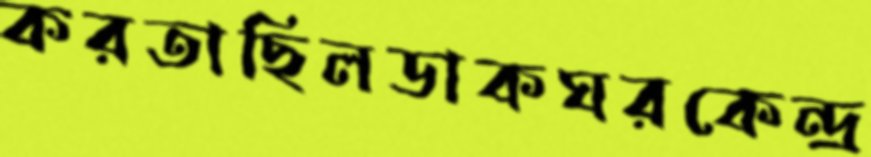
করতাছিলডাকঘরকেন্দ্র